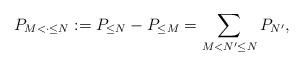
LaTeX: \begin{align*}P_{M < \cdot \le N} := P_{\le N} - P_{\le M} = \sum_{M < N^\prime \le N} P_{N^\prime},\end{align*}